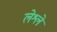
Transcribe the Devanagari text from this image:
लेश्ले